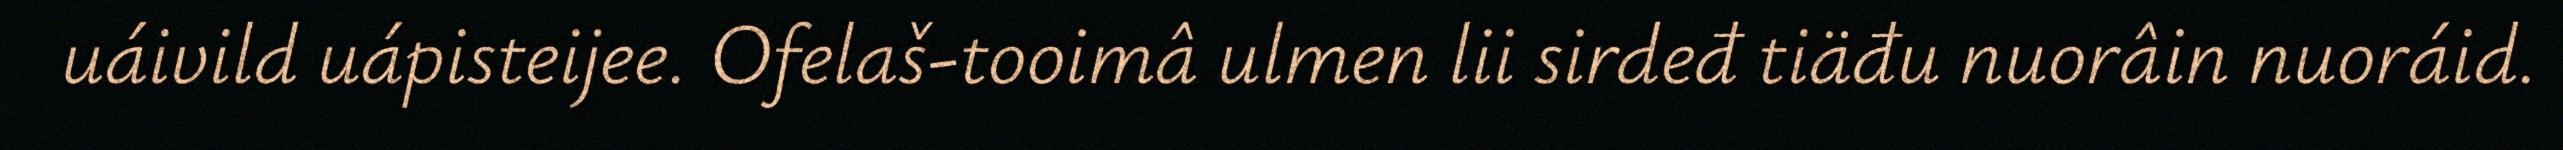
uáivild uápisteijee. Ofelaš-tooimâ ulmen lii sirdeđ tiäđu nuorâin nuoráid.